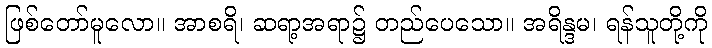
ဖြစ်တော်မူလော။ အာစရိ၊ ဆရာ့အရာ၌ တည်ပေသော။ အရိန္ဒမ၊ ရန်သူတို့ကို